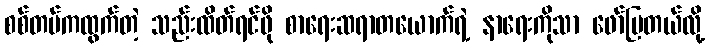
စစ်တပ်ကထွက်တဲ့ သည်းထိတ်ရင်ဖို စာရေးဆရာတယောက်ရဲ့ နာရေးကိုသာ ဖော်ပြတယ်လို့